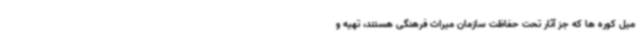
میل کوره ها که جز آثار تحت حفاظت سازمان میراث فرهنگی هستند، تهیه و